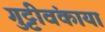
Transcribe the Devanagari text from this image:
गुट्टीवंकाया